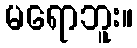
မရောဘူး။